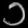
Digit: ၁